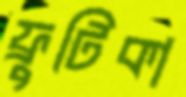
ফ্রুটিকা